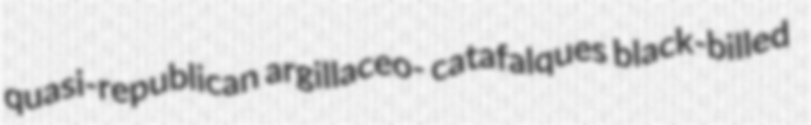
quasi-republican argillaceo- catafalques black-billed